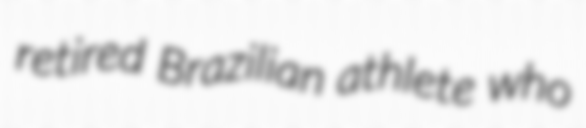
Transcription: retired Brazilian athlete who